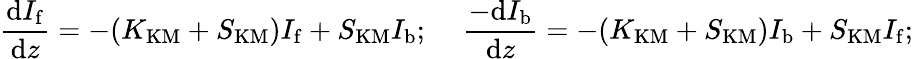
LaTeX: \frac{\mathrm{d}I_{\mathrm{f}}}{\mathrm{d}z}=-(K_{\mathrm{KM}}+S_{\mathrm{KM}})I_{\mathrm{f}}+S_{\mathrm{KM}}I_{\mathrm{b}};\, \, \, \, \, \, \, \frac{-\mathrm{d}I_{\mathrm{b}}}{\mathrm{d}z}=-(K_{\mathrm{KM}}+S_{\mathrm{KM}})I_{\mathrm{b}}+S_{\mathrm{KM}}I_{\mathrm{f}};